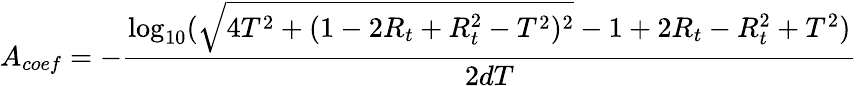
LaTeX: A_{coef}=-\frac{\log_{10}(\sqrt{4T^{2}+(1-2R_{t}+R_{t}^{2}-T^{2})^{2}}-1+2R_{t}-R_{t}^{2}+T^{2})}{2dT}